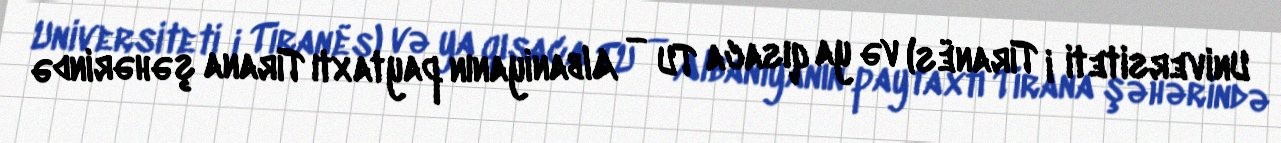
Universiteti i Tiranës) və ya qısaca TU — Albaniyanın paytaxtı Tirana şəhərində